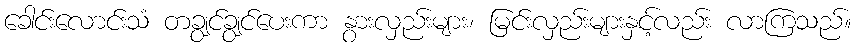
ခေါင်းလောင်းသံ တချွင်ချွင်ပေးကာ နွားလှည်းများ၊ မြင်းလှည်းများနှင့်လည်း လာကြသည်။